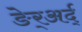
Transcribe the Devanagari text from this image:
ङेर्‍अर्द्